Bréfritari: Jóhann Þorsteinsson
Viðtakandi: Jóhann Einarsson
Dagsetning: A-1875-02-24
Skrifað á: Svalbarða  Eyf / Þing.

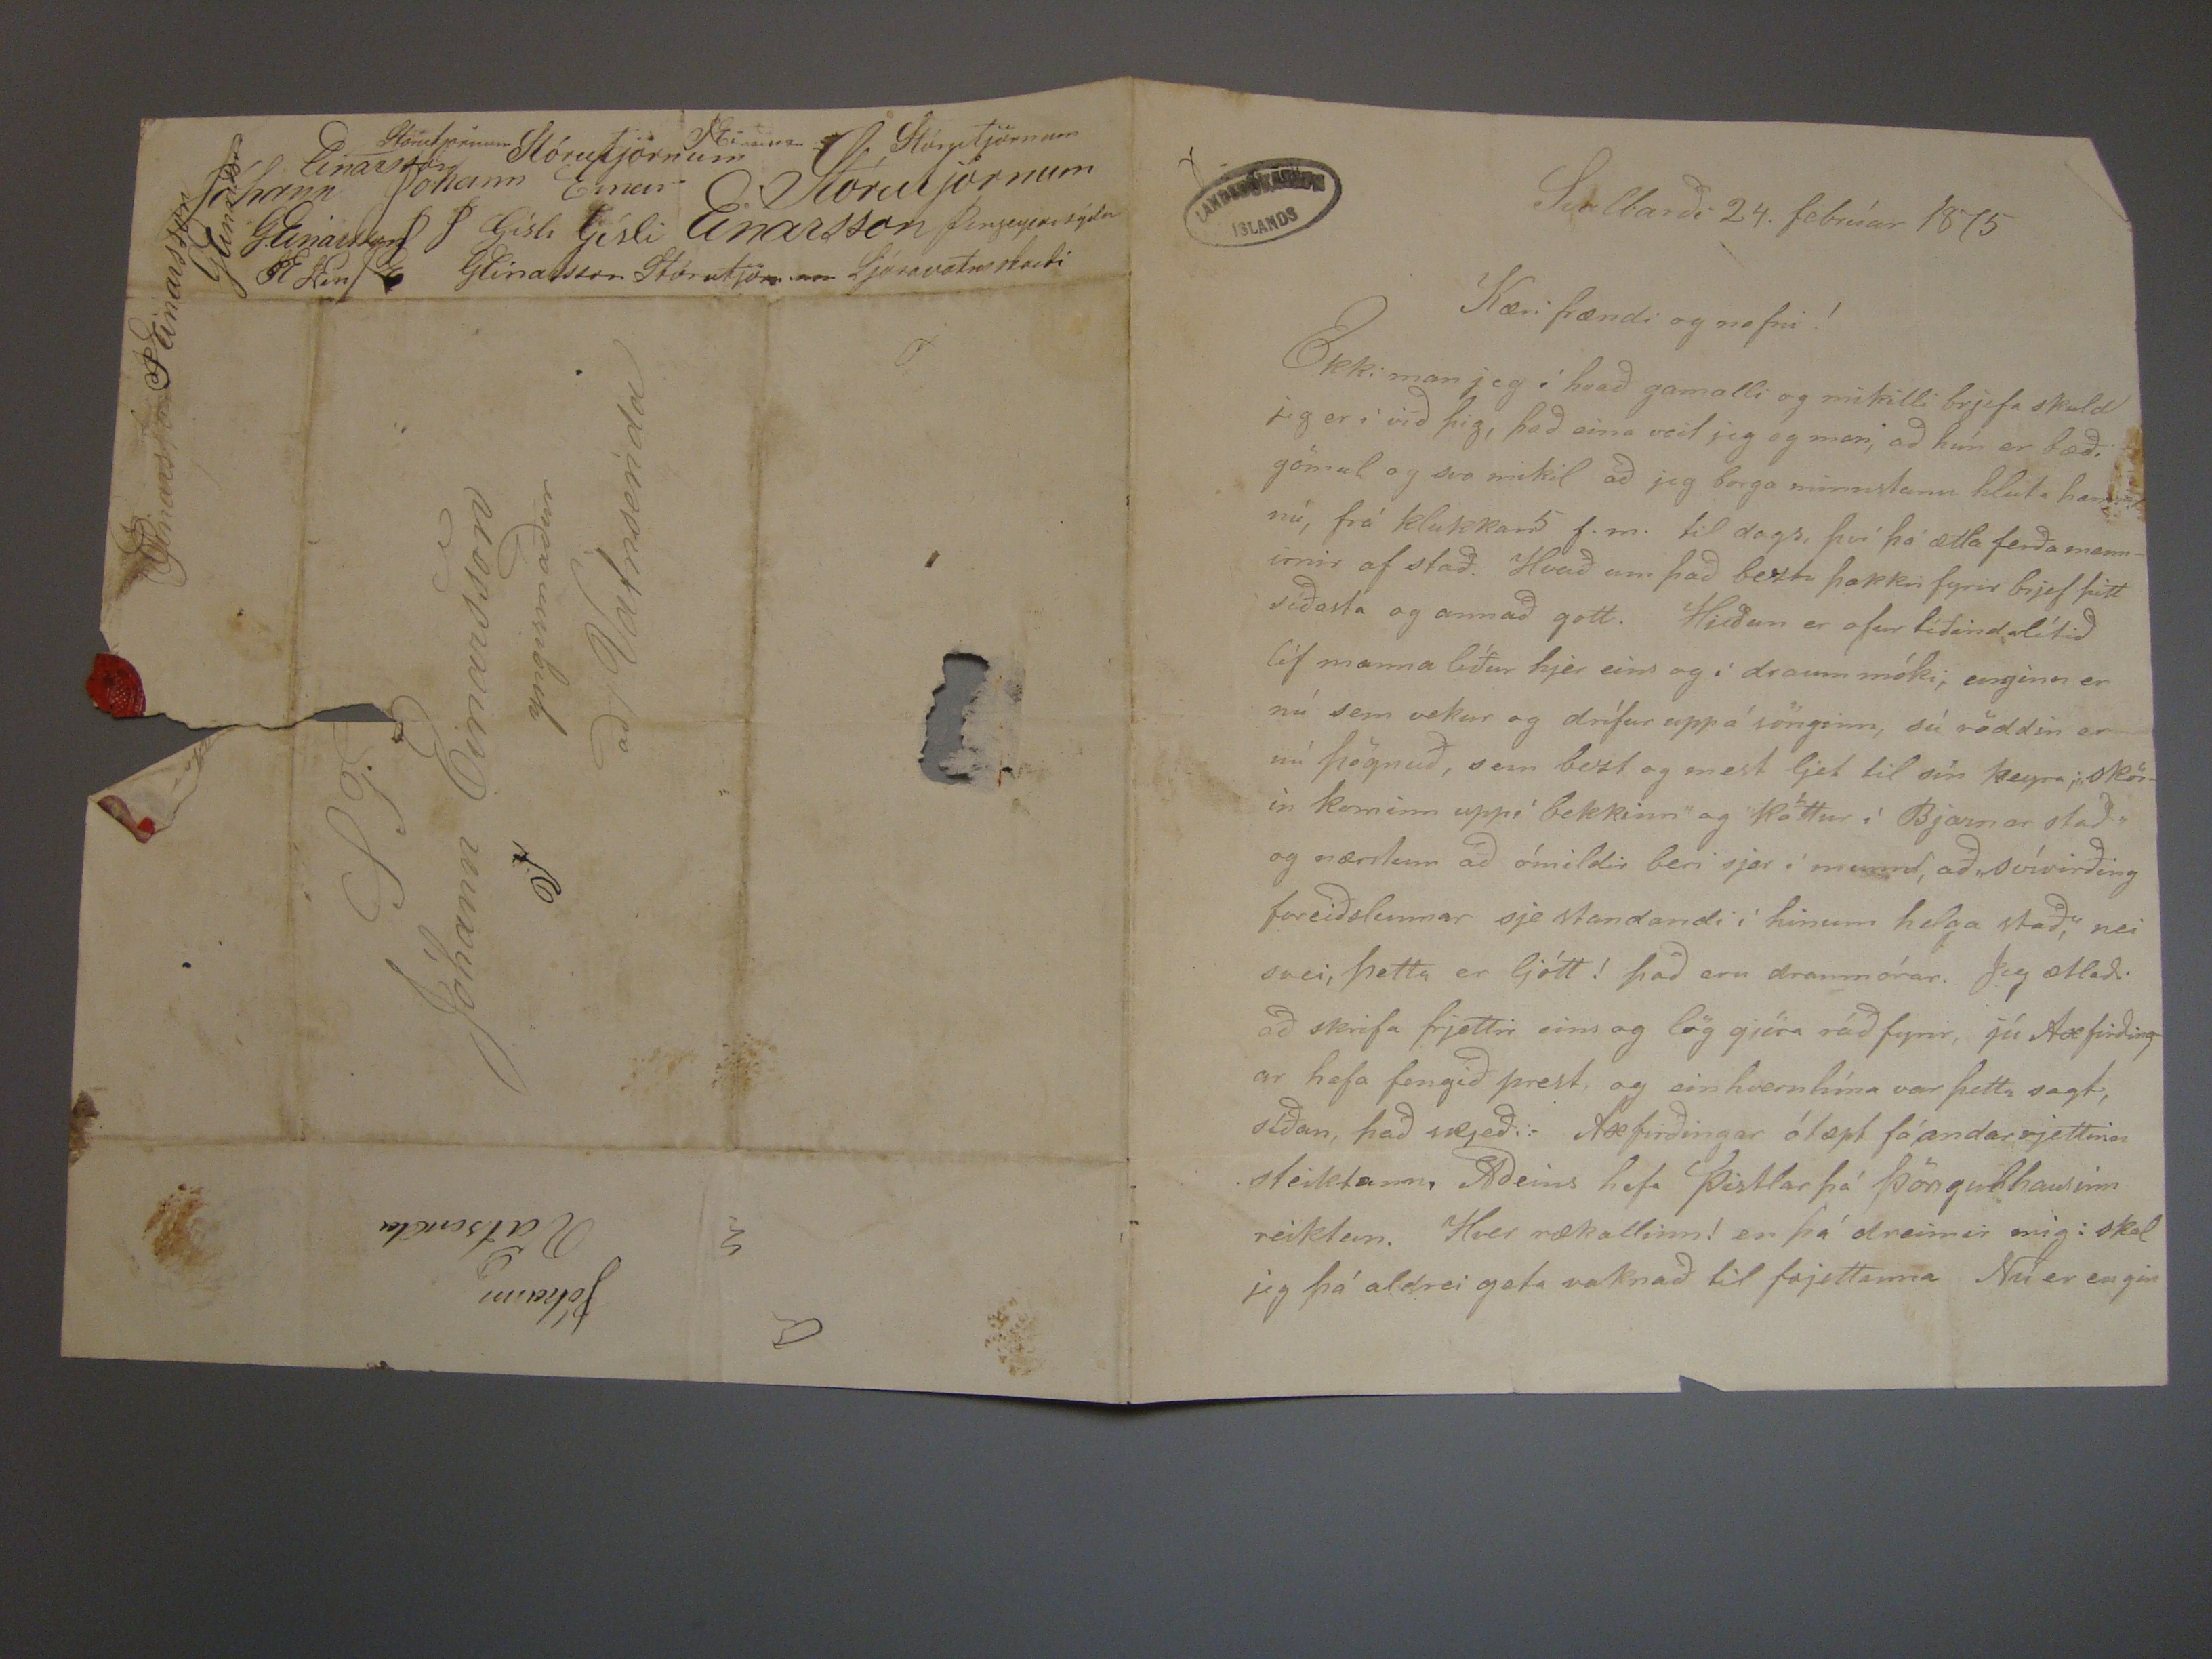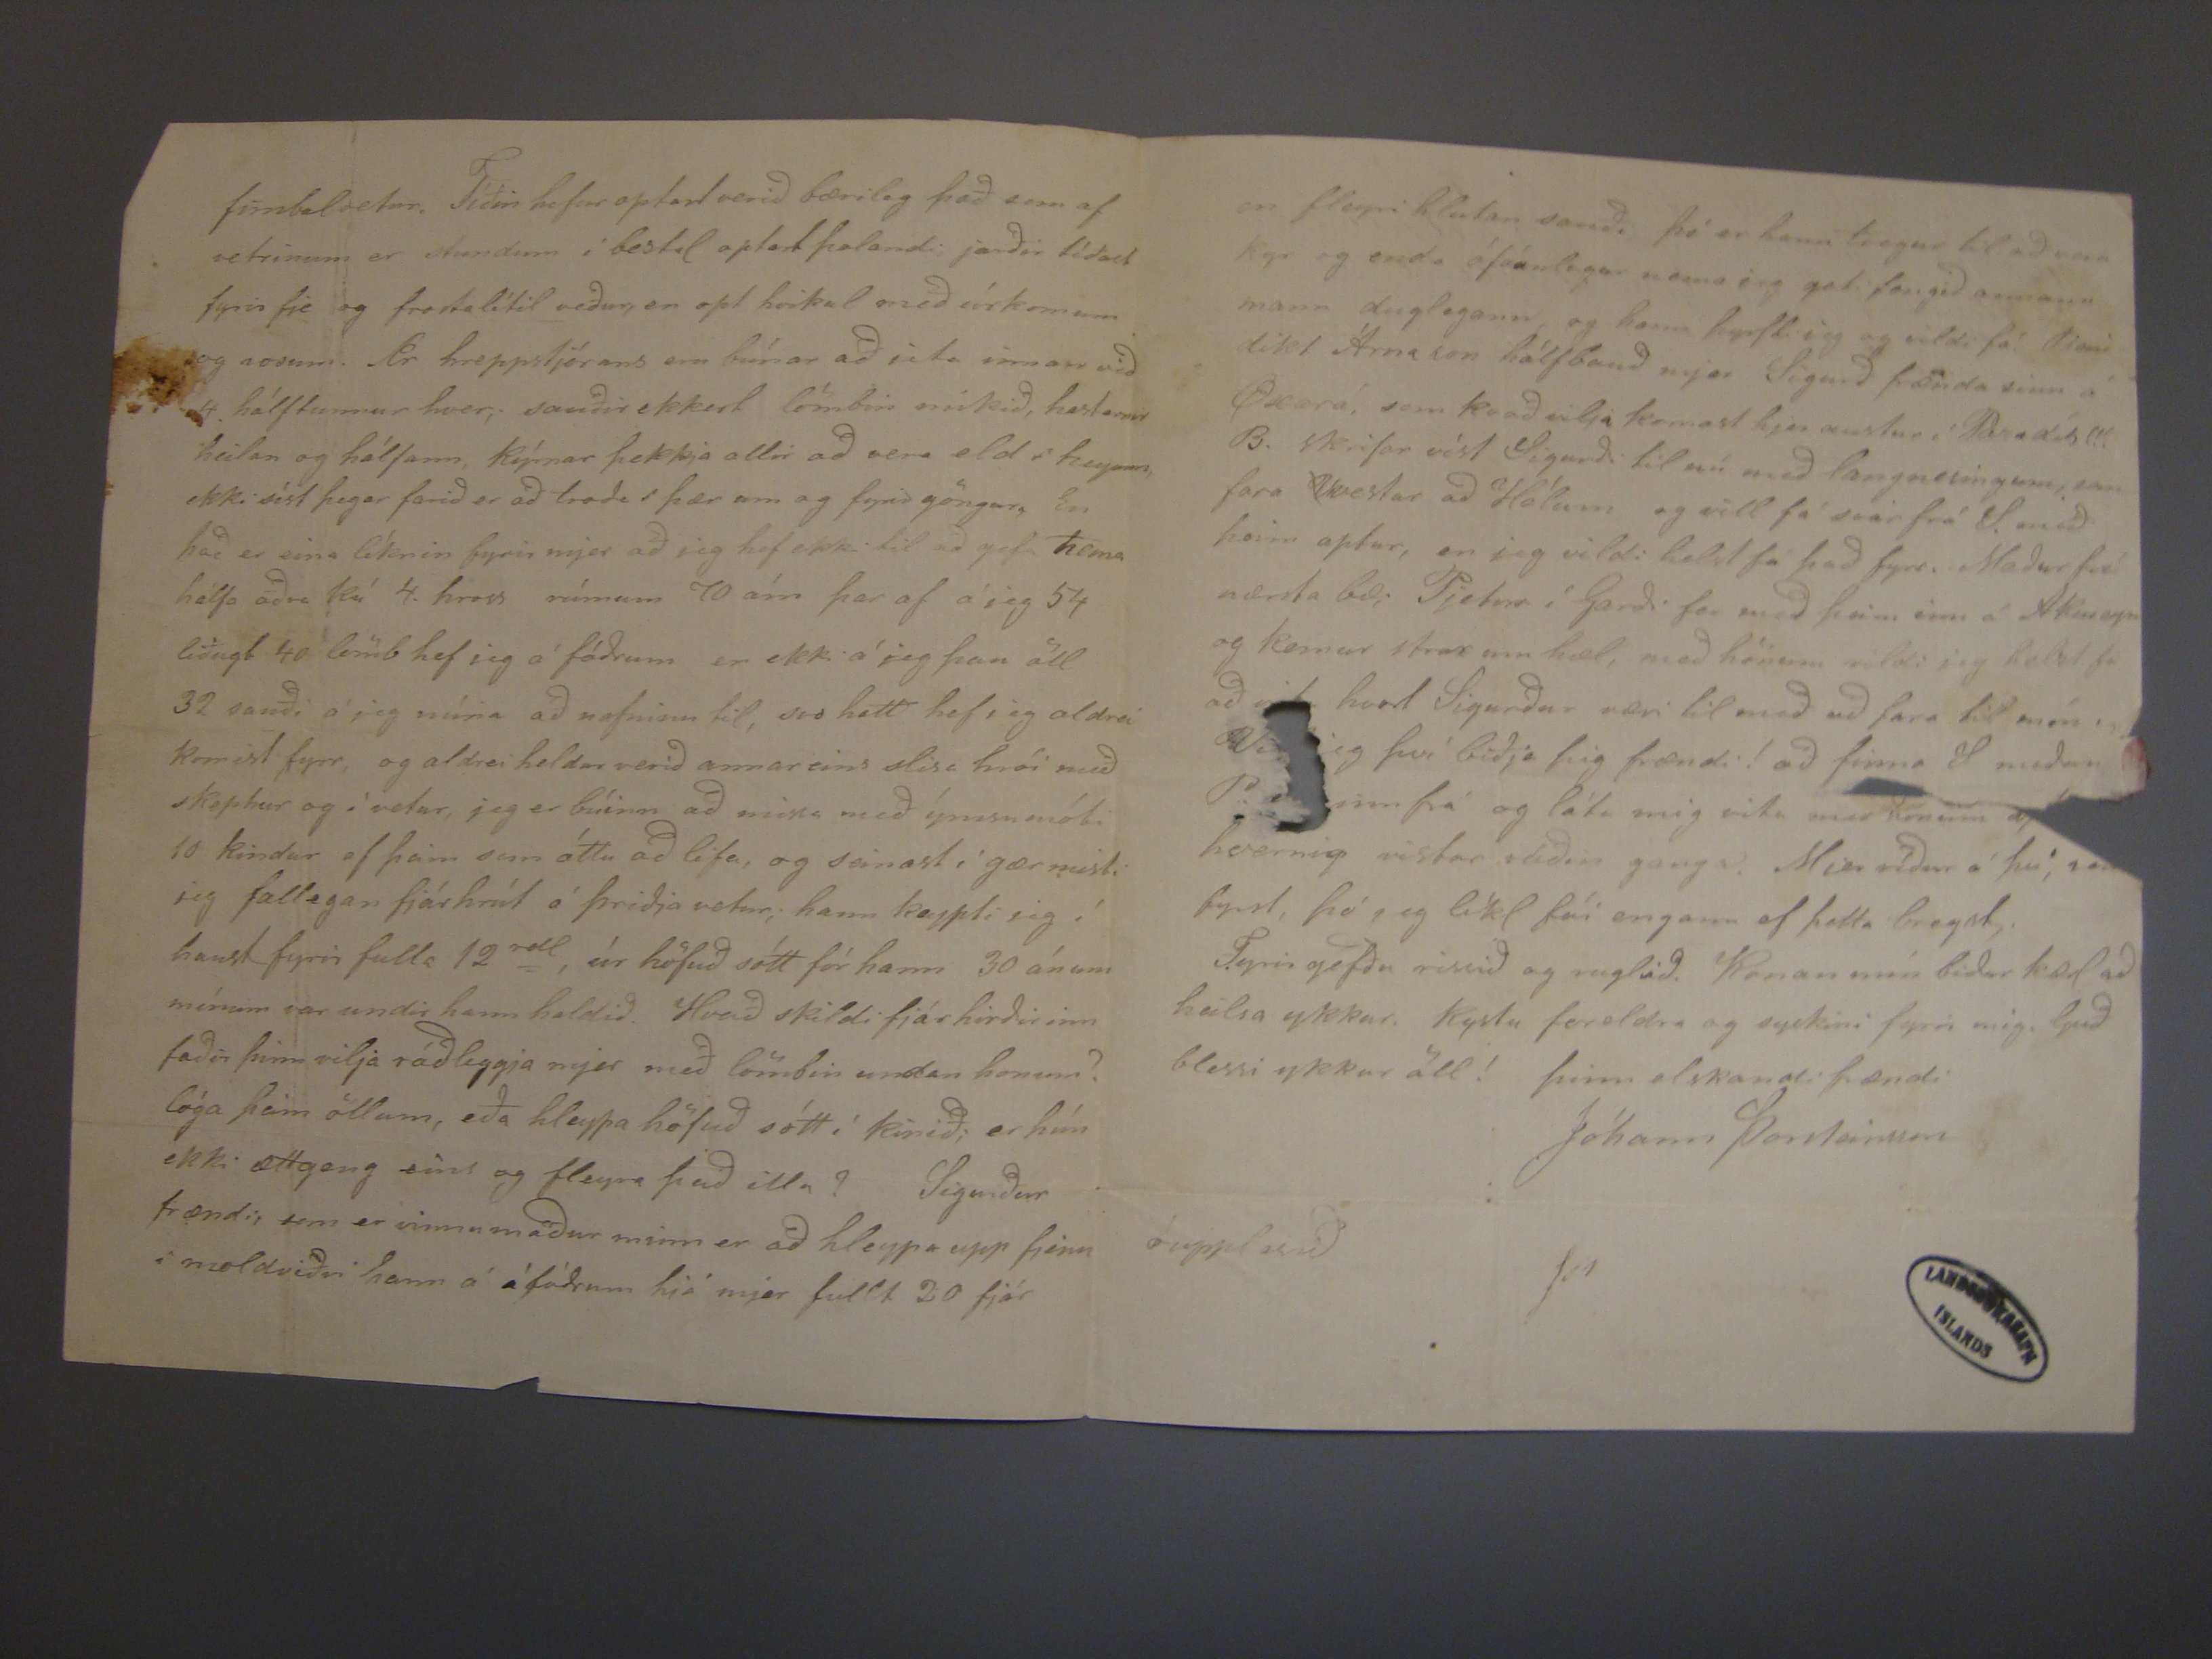

Svalbarði 24. febrúar 1875
Kæri frændi og nafni!
Ekki man jeg í hvað gamalli og mikilli brjefa skuld jeg er i við þig, það eina veit jeg og man, að hún er bæði gömul og svo mikil að jeg borga minnstann hluta
hennar
nú, frá klukkan5 f.m. til dags, því þá ætla ferða mennirnir af stað. Hvað um það beztu þakkir fyrir brjef þitt síðasta og annað gott.
Héðan er ofur tíðindalítið líf manna líður hjer eins og í draum móki, enginn er nú sem vekur og drífur upp á sönginn, sú röddin er nú þögnuð, sem bezt og mest ljet
til sín heyra; "skörin kominn uppí bekkinn og köttur i Bjarnar stað" og nærstum að ómildir beri sjer í munnd, að "svívirðing foreiðslunnar sje standandi í hinum
helga stað," nei svei, þetta er ljótt! það eru draumórar. Jeg ætlaði að skrifa frjettir eins og lög gjöra ráð fyrir, jú Axfirðingar hafa fengið prest, og einhverntíma var
þetta sagt, síðan, það
sæjeð
. Axfirðingar
ólæpt
fá andarrjettinn steiktann. Aðeins hafa pistlar þá Þöngulhausinn
reiklun. Hver rækallinn! en þá dreimir mig: skal jeg þá aldrei geta vaknað til frjettanna Nú er engin
fumbulvetur. Tíðin hefur optast verið bærileg það sem af vetrinum er stundum í
bestl
optast þolandi, jorðin tíðast fyrir fje og frostalítil veður,
en opt
hvikul
með úrkomum og
vosem
. Ær hreppstjórans eru búnar að jeta innan við 4. hálftunnur hver; sauðir ekkert
lömbin mikið, hestarnir heilan og hálfann, kýrnar þekkja allir að vera eld í heyum, ekki síst þegar farið er að troða í þær um og fyrir göngur, En það er eina líknin
fyrir mjer að jeg hef ekki til að gefa nema hálfa aðra kú 4. hross rúmum 70 ám þar af á jeg 54 liðugt 40 lömb hef jeg á fóðrum en ekki á jeg þau öll 32 sauði á jeg núna
að nafninu til, svo hatt hef jeg aldrei komist fyrr, og aldrei heldur verið annar eins slisa hrói með skepnur og í vetur, jeg er búinn að missa með ýmsu móti 10 kindur
af þeim sem áttu að lifa, og seinast í gær misti jeg fallegan fjárhrút á þriðja vetur; hann keypti jeg í haust fyrri fulla 12
rdl, úr höfuð sótt fór hann 30 ánum mínum var undir hann haldið. Hvað skildi fjár hirðirinn faðir þinn vilja ráðleggja mjer með lömbin undan honum?
lóga þeim öllum, eða hleypa höfuð sótt í kinið; er hún ekki ættgeng eins og fleyra það illa? Sigurður frændi sem er vinnumaður minn er að hleypa upp þinn i moldviðri
hann á áfóðrum hjá mjer fullt 20 fjár
en lfeyri hlutan sauði, þó er hann tregur til að vera kyr og enda ófáanlegur nema jeg geti fengið annann mann duglegann, og hann þyrfti jeg og vildi fá.
Benidikt ÁRna son hálfbauð mjer Sigurð frænda sinn á Oxará, sem kvað vilja komast hjer austur í Paradís!!! B. skrifar víst Sigurði til nú með langnesingum, sem
fara
V
vestur að Hólum og vill fá svar frá S. með þeim aptur, en jeg vildi helst fá það fyrr. Maður frá nærsta bæ; Pjetur
í Garði fer með þeim inn á Akureyri og kemur strax um hæl, með hönum vildi jeg helst fá að vita hvort Sigurður væri til með að fara til mín.
Vildi
jeg því biðja þig frændi! að finna S meðan
P???? inn
frá og láta mig vita með honum
aptur
hvernig vistar ráðin ganga. Mjer
ríður á því,
sem
fyrst, þó jeg líkl fái engann ef þetta bregst; Fyrir gefðu rissið og ruglið. Konan mín biður kærl að heilsa ykkur. Kystu
foreldra og syskini fyrri mig, Guð blessi ykkur öll! þinn elskandi frændi
Jóhann Þorsteinsson
óupplesið
Stórutjörnum Stjórutjörnum PEinarsson Stórutjörnum Einarsson Jóhann Einar Stórutjörnum Jóhann G. Einarsson J P
Gísli Gísli Einarsson Þingeyjarsýsla GE GEinarsson Stórutjörnum Ljósavatnsheidi
Einarsson P Einarsson
PT
Jóhann Einarsson
V yngismaður
að/ Vatnsenda
Jóhann Vatsenda